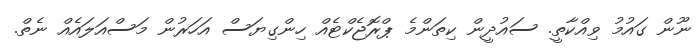
ނޫން ގައުމު ވިއްކާތީ. ސައުދީން ކިތަންމެ ޕްރޮޖެކްޓެއް ހިންގިޔަސް އަހަރުން މަސްއަލައެއް ނެތް.